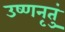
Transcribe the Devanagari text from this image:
उष्णनृतुं